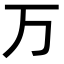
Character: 万